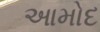
આમોદ